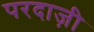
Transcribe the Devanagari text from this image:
परदाज़ी